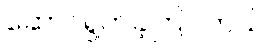
ဆောင်ရွက်ခဲ့ကြပါတယ်။